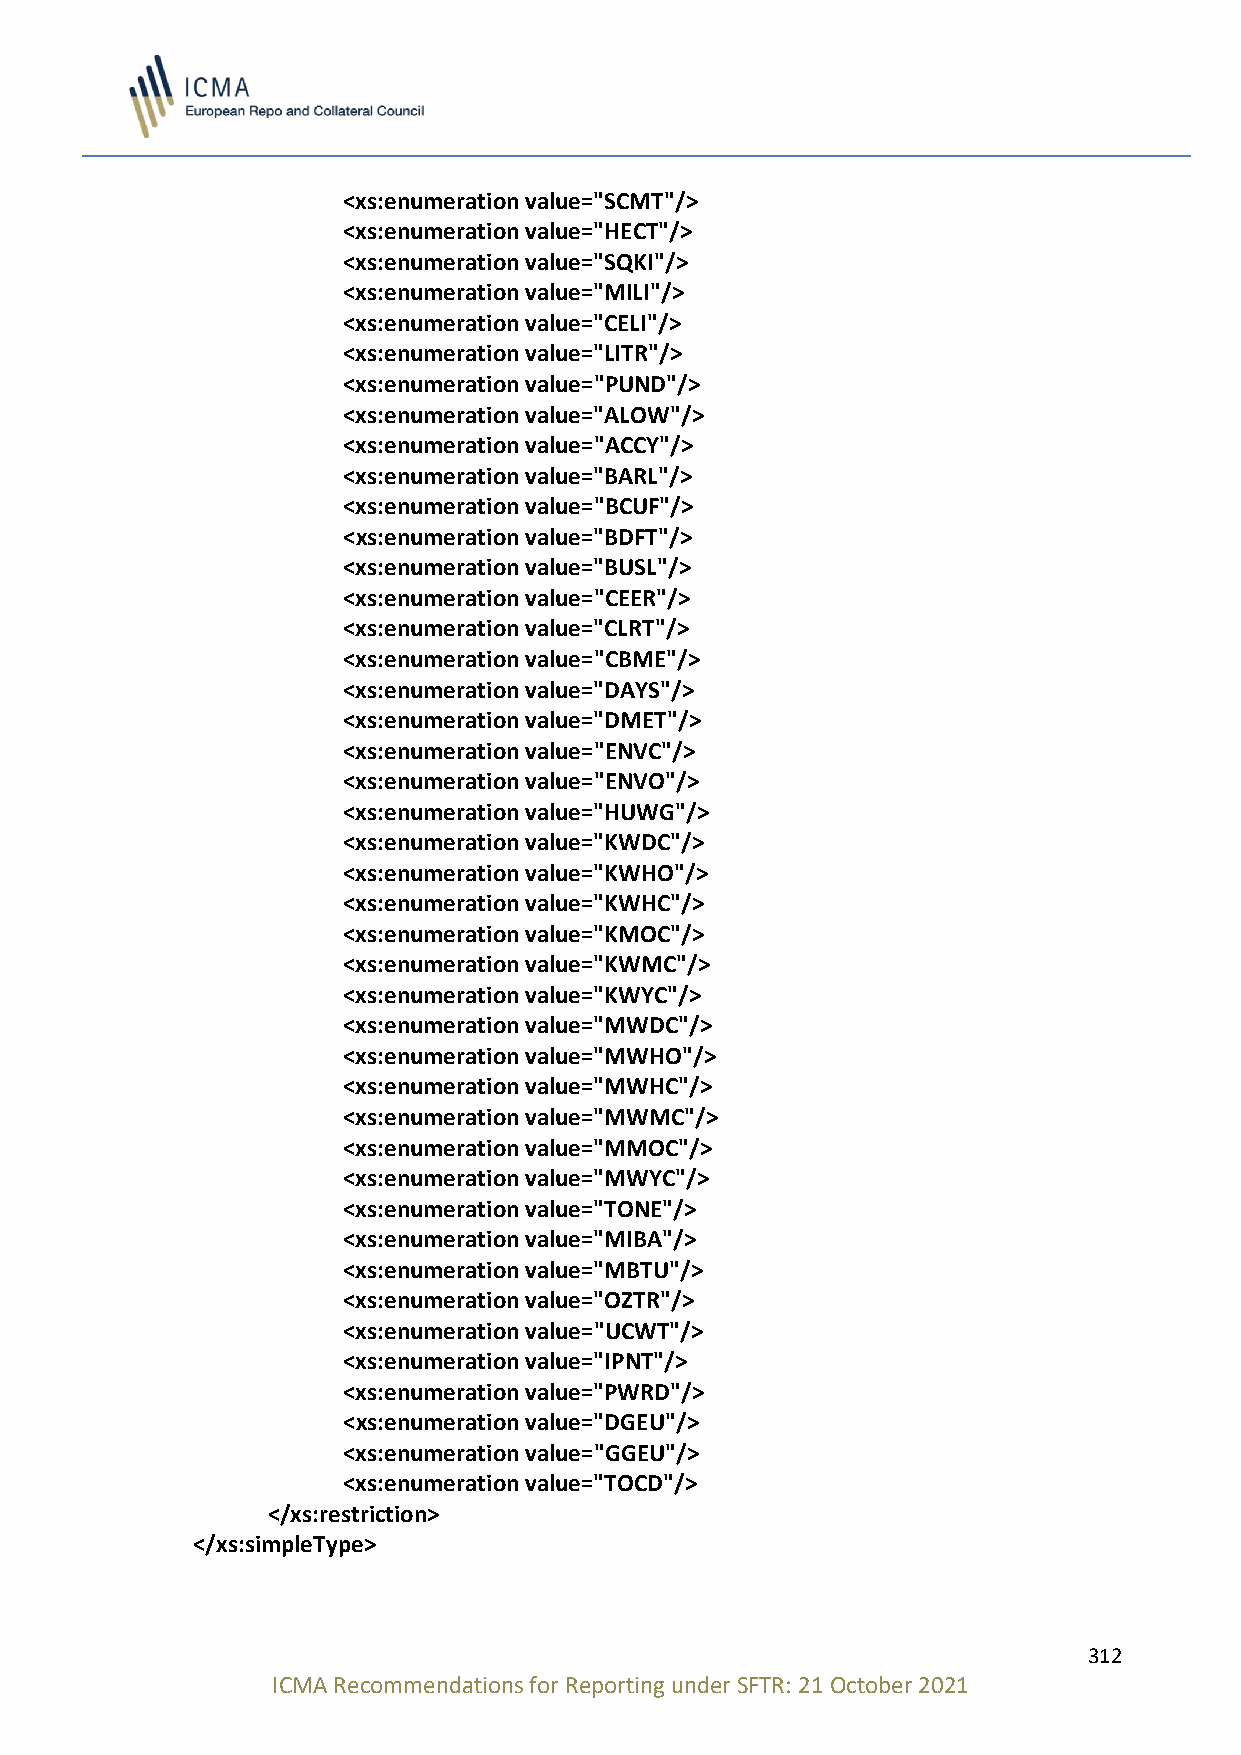
<xs:enumeration value="SCMT"/>
 <xs:enumeration value="HECT"/>
 <xs:enumeration value="SQKI"/>
 <xs:enumeration value="MILI"/>
 <xs:enumeration value="CELI"/>
 <xs:enumeration value="LITR"/>
 <xs:enumeration value="PUND"/>
 <xs:enumeration value="ALOW"/>
 <xs:enumeration value="ACCY"/>
 <xs:enumeration value="BARL"/>
 <xs:enumeration value="BCUF"/>
 <xs:enumeration value="BDFT"/>
 <xs:enumeration value="BUSL"/>
 <xs:enumeration value="CEER"/>
 <xs:enumeration value="CLRT"/>
 <xs:enumeration value="CBME"/>
 <xs:enumeration value="DAYS"/>
 <xs:enumeration value="DMET"/>
 <xs:enumeration value="ENVC"/>
 <xs:enumeration value="ENVO"/>
 <xs:enumeration value="HUWG"/>
 <xs:enumeration value="KWDC"/>
 <xs:enumeration value="KWHO"/>
 <xs:enumeration value="KWHC"/>
 <xs:enumeration value="KMOC"/>
 <xs:enumeration value="KWMC"/>
 <xs:enumeration value="KWYC"/>
 <xs:enumeration value="MWDC"/>
 <xs:enumeration value="MWHO"/>
 <xs:enumeration value="MWHC"/>
 <xs:enumeration value="MWMC"/>
 <xs:enumeration value="MMOC"/>
 <xs:enumeration value="MWYC"/>
 <xs:enumeration value="TONE"/>
 <xs:enumeration value="MIBA"/>
 <xs:enumeration value="MBTU"/>
 <xs:enumeration value="OZTR"/>
 <xs:enumeration value="UCWT"/>
 <xs:enumeration value="IPNT"/>
 <xs:enumeration value="PWRD"/>
 <xs:enumeration value="DGEU"/>
 <xs:enumeration value="GGEU"/>
 <xs:enumeration value="TOCD"/>
 </xs:restriction>
 </xs:simpleType>
 312
 ICMA Recommendations for Reporting under SFTR: 21 October 2021